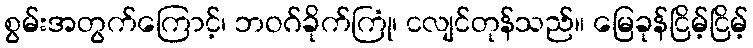
စွမ်းအတွက်ကြောင့်၊ ဘဝဂ်ခိုက်ကြုံ၊ ငလျင်တုန်သည်။ မြေခုန်ငြိမ့်ငြိမ့်